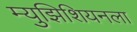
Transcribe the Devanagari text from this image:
म्युझिशियनला